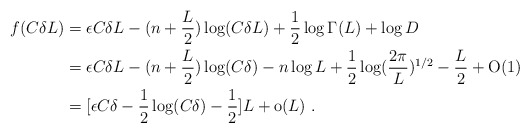
\begin{align*} f(C\delta L)&=\epsilon C\delta L-(n+\frac{L}2)\log(C\delta L)+\frac 12 \log\Gamma(L)+\log D\\ &=\epsilon C\delta L -(n+\frac{L}2)\log(C\delta)-n\log L +\frac 12 \log(\frac{2\pi}L)^{1/2}-\frac{L}2+\textrm{O}(1)\\ &=[\epsilon C\delta- \frac 12 \log(C\delta)-\frac 12]L + \textrm{o}(L)\ .\end{align*}